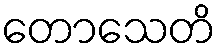
တောသေတိ